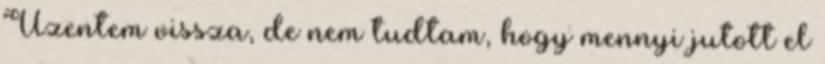
Üzentem vissza, de nem tudtam, hogy mennyi jutott el